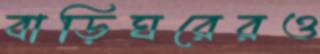
বাড়িঘরেরও